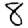
Digit: 8